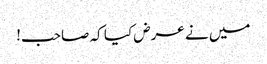
میں نے عرض کیا کہ صاحب!